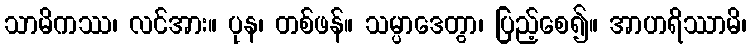
သာမိကဿ၊ လင်အား။ ပုန၊ တစ်ဖန်။ သမ္ပာဒေတွာ၊ ပြည့်စေ၍။ အာဟရိဿာမိ၊